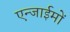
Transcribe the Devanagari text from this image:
एन्जाईमों